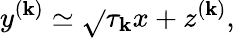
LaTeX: y^{(\mathbf{k})}\simeq\sqrt{}{{\tau_{\mathbf{k}}}}x+z^{(\mathbf{k})},